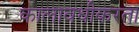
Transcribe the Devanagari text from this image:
कालावधीकरता